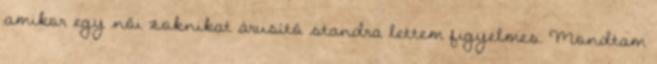
amikor egy női zoknikat árusító standra lettem figyelmes. Mondtam